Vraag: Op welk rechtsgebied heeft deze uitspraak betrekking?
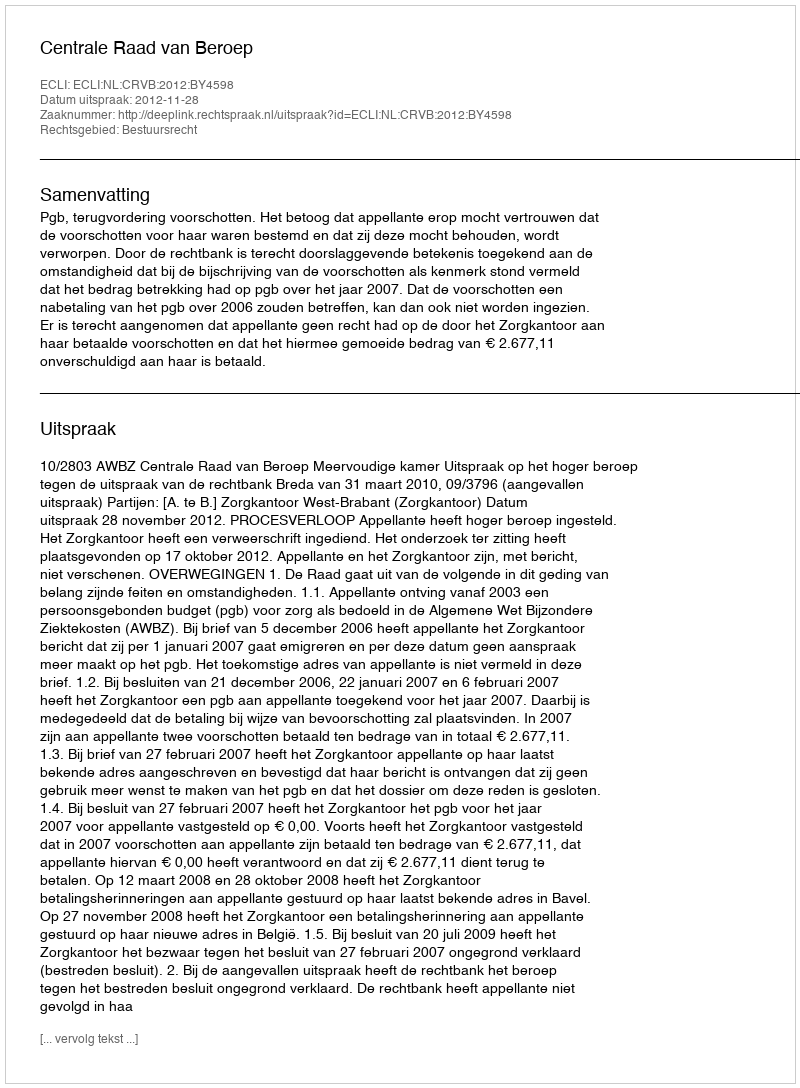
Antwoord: Bestuursrecht